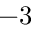
- 3